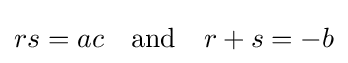
rs=ac\quad {\text{and}}\quad r+s=-b